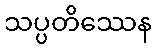
သပ္ပတိဿေန